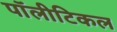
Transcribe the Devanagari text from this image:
पॉलीटिकल